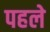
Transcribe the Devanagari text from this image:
पहले